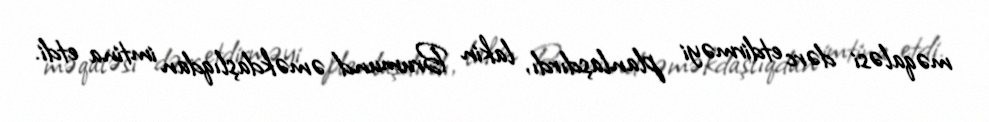
məqaləsi dərc etdirməyi planlaşdırdı, lakin Brumund əməkdaşlıqdan imtina etdi.